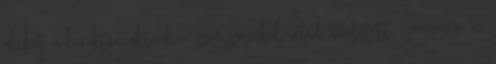
akiket a karakter, akinek a szemszögéből írtad, említett, ismerném-e,